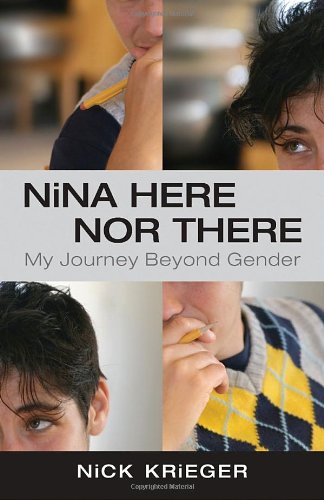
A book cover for Nina Here Nor There: My Journey Beyond Gender; Nick Krieger; Gay & Lesbian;